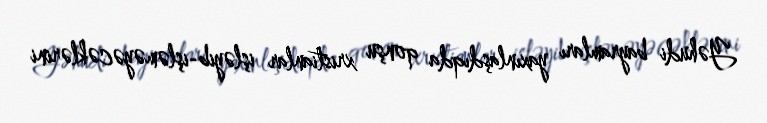
Yəhudi bayramları yaxınlaşdıqda qonşu xristianlar işləyib-işləməyəcəklərini